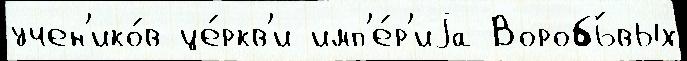
учен'ико́в це́ркв'и имп'е́р'иjа Воробь́вых